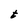
Character: t